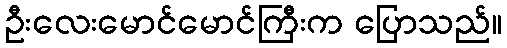
ဦးလေးမောင်မောင်ကြီးက ပြောသည်။